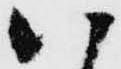
八